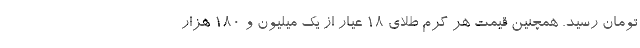
تومان رسید. همچنین قیمت هر گرم طلای 18 عیار از یک میلیون و 180 هزار